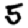
Digit: 5